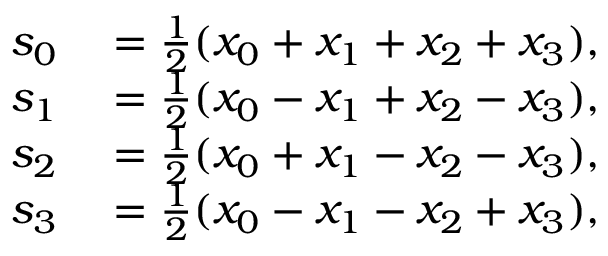
\begin{array} { r l } { s _ { 0 } } & { { } = { \frac { 1 } { 2 } } ( x _ { 0 } + x _ { 1 } + x _ { 2 } + x _ { 3 } ) , } \\ { s _ { 1 } } & { { } = { \frac { 1 } { 2 } } ( x _ { 0 } - x _ { 1 } + x _ { 2 } - x _ { 3 } ) , } \\ { s _ { 2 } } & { { } = { \frac { 1 } { 2 } } ( x _ { 0 } + x _ { 1 } - x _ { 2 } - x _ { 3 } ) , } \\ { s _ { 3 } } & { { } = { \frac { 1 } { 2 } } ( x _ { 0 } - x _ { 1 } - x _ { 2 } + x _ { 3 } ) , } \end{array}